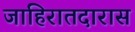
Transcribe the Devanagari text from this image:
जाहिरातदारास